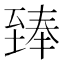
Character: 𮍣